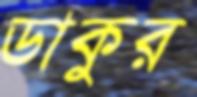
ডাকুর